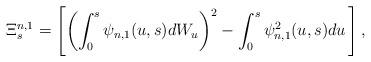
LaTeX: \begin{align*}\Xi ^{n,1}_s=\left[\left( \int^{s}_0 \psi_{n,1}(u,s) dW_u\right)^2- \int^{s}_0\psi_{n,1}^2(u,s)du \,\right] ,\end{align*}